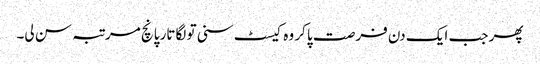
پھر جب ایک دن فرصت پا کر وہ کیسٹ سنی تو لگاتار پانچ مرتبہ سن لی۔